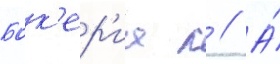
Бок'ер'иа л // А́